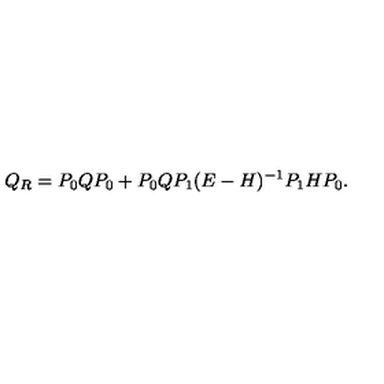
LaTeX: Q _ { R } = P _ { 0 } Q P _ { 0 } + P _ { 0 } Q P _ { 1 } ( E - H ) ^ { - 1 } P _ { 1 } H P _ { 0 } .